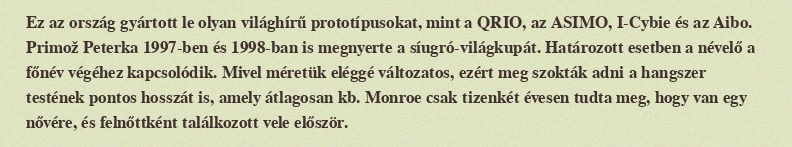
Ez az ország gyártott le olyan világhírű prototípusokat, mint a QRIO, az ASIMO, I-Cybie és az Aibo. Primož Peterka 1997-ben és 1998-ban is megnyerte a síugró-világkupát. Határozott esetben a névelő a főnév végéhez kapcsolódik. Mivel méretük eléggé változatos, ezért meg szokták adni a hangszer testének pontos hosszát is, amely átlagosan kb. Monroe csak tizenkét évesen tudta meg, hogy van egy nővére, és felnőttként találkozott vele először.